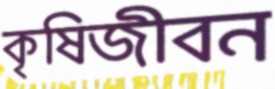
কৃষিজীবন